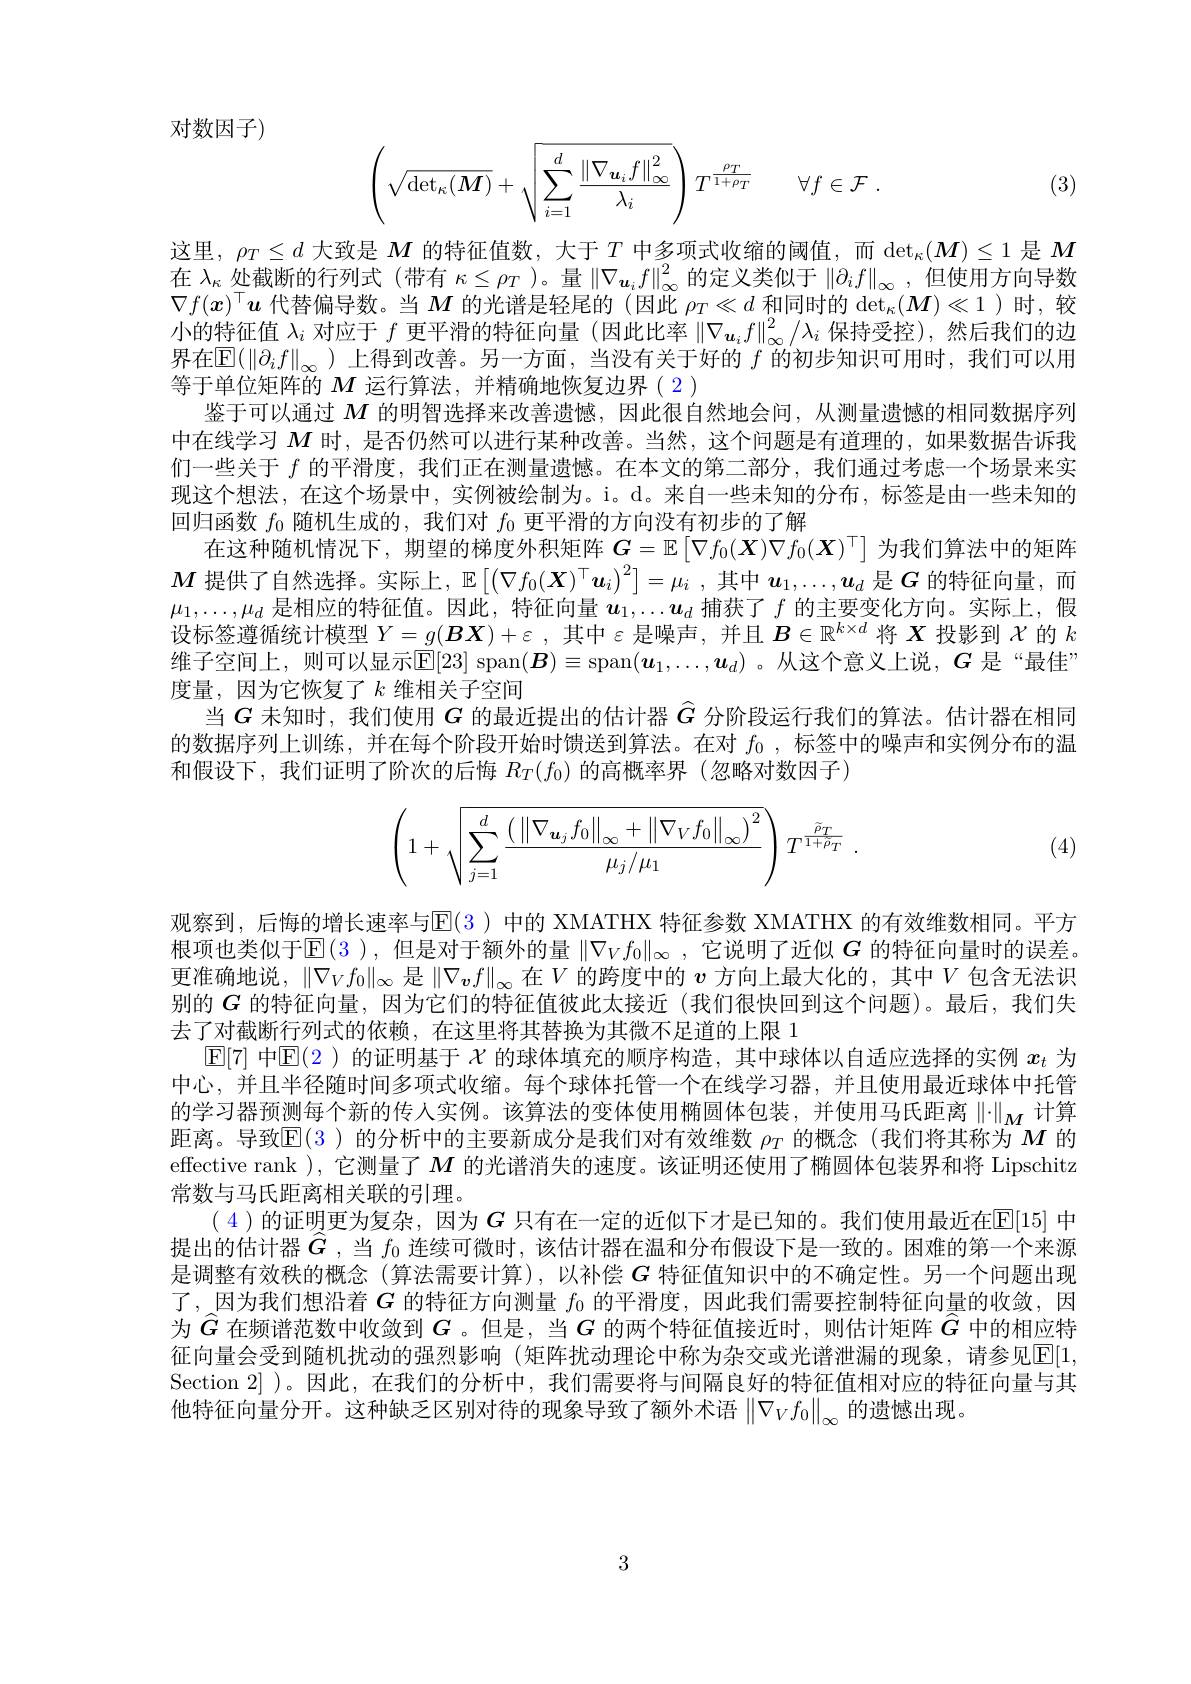
对数因子)
$$\left(\sqrt{\det_\kappa(\boldsymbol{M})}+\sqrt{\sum_{i=1}^d\frac{\left\|\nabla_{\boldsymbol{u}_i}f\right\|_\infty^2}{\lambda_i}}\right)T^{\frac{\rho_T}{1+\rho_T}}\quad\forall f\in\mathcal{F}\:.$$
(3)

这里，$\rho_T\leq d$大致是$M$的特征值数，大于$T$中多项式收缩的阈值，而$\det_\kappa(\boldsymbol{M})\leq1$是$M$ 在$\lambda_\kappa$处截断的行列式 (带有$\kappa\leq\rho_T$ )。量$\left\|\nabla_\boldsymbol{u}_if\right\|_\infty^2$的定义类似于$\left\|\partial_if\right\|_\infty$,但使用方向导数$\nabla f(x)^\top\boldsymbol{u}$代替偏导数。当$M$的光谱是轻尾的 (因此$\rho _T\ll d$ 和 同 时 的 $\det _\kappa ( \boldsymbol{M}) \ll 1$ )时，较小的特征值$\lambda_i$对应于$f$更平滑的特征向量 (因此比率$\|\nabla_\boldsymbol{u}_if\|_\infty^2/\lambda_i$保持受控),然后我们的边界在$\mathbb{E}(\|\partial_if\|_\infty$ )上得到改善。另一方面，当没有关于好的 $f$ 的初步知识可用时，我们可以用等于单位矩阵的$M$运行算法，并精确地恢复边界( 2 )
鉴于可以通过$M$的明智选择来改善遗憾，因此很自然地会问，从测量遗憾的相同数据序列中在线学习$M$时，是否仍然可以进行某种改善。当然，这个问题是有道理的，如果数据告诉我们一些关于$f$的平滑度，我们正在测量遗憾。在本文的第二部分，我们通过考虑一个场景来实现这个想法，在这个场景中，实例被绘制为。i。d。来自一些未知的分布，标签是由一些未知的回归函数$f_0$随机生成的，我们对$f_0$更平滑的方向没有初步的了解
在这种随机情况下，期望的梯度外积矩阵$G=\mathbb{E}\left[\nabla f_0(\boldsymbol{X})\nabla f_0(\boldsymbol{X})^\top\right]$为我们算法中的矩阵$M$提供了自然选择。实际上，$\mathbb{E} \left [ \left ( \nabla f_0( \boldsymbol{X}) ^\top \boldsymbol{u}_i\right ) ^2\right ] = \mu _i$ , 其中$\boldsymbol{u}_1,\ldots,\boldsymbol{u}_d$是$G$的特征向量，而$\mu_1,\ldots,\mu_d$是相应的特征值。因此，特征向量$u_1,\ldots\boldsymbol{u}_d$捕获了$f$的主要变化方向。实际上，假设标签遵循统计模型$Y=g(\boldsymbol{B}\boldsymbol{X})+\varepsilon$,其中$\varepsilon$是噪声，并且$B\in\mathbb{R}^k\times d$将$\boldsymbol{X}$投影到$\mathcal{X}$的$k$ 维子空间上，则可以显示$\mathbb{E}[23]$ span$(\boldsymbol{B})\equiv$span$(\boldsymbol{u}_1,\ldots,\boldsymbol{u}_d)$ 。从这个意义上说，$G$ 是“最佳” 度量，因为它恢复了$k$维相关子空间
当$G$未知时，我们使用$G$的最近提出的估计器$\hat{G}$分阶段运行我们的算法。估计器在相同的数据序列上训练，并在每个阶段开始时馈送到算法。在对$f_0$,标签中的噪声和实例分布的温和假设下，我们证明了阶次的后悔$R_T(f_0)$的高概率界(忽略对数因子)
$$\left(1+\sqrt{\sum_{j=1}^d\frac{\left(\left\|\nabla_{\boldsymbol{u}_j}f_0\right\|_\infty+\left\|\nabla_Vf_0\right\|_\infty\right)^2}{\mu_j/\mu_1}}\right)T^{\frac{\tilde{\rho}_T}{1+\tilde{\rho}_T}}\:.$$
(4)

观察到，后悔的增长速率与$\overline{\mathrm{E}}(3)$ 中的 XMATHX 特征参数 XMATHX 的有效维数相同。平方根项也类似于$\operatorname{E}($3 ),但是对于额外的量$\|\nabla_Vf_0\|_\infty$,它说明了近似$G$的特征向量时的误差。更准确地说，$\|\nabla_Vf_0\|_\infty$ 是$\|\nabla_{\boldsymbol{v}}f\|_\infty$在$V$ 的跨度中的 $v$ 方向上最大化的，其中$V$ 包含无法识别的$G$的特征向量，因为它们的特征值彼此太接近(我们很快回到这个问题)。最后，我们失去了对截断行列式的依赖，在这里将其替换为其微不足道的上限 1
$\mathbb{E}[7]$中$\mathbb{E}(2)$的证明基于$\chi$的球体填充的顺序构造，其中球体以自适应选择的实例$x_t$为中心，并且半径随时间多项式收缩。每个球体托管一个在线学习器，并且使用最近球体中托管的学习器预测每个新的传人实例。该算法的变体使用椭圆体包装，并使用马氏距离$\left\|\cdot\right\|_M$计算距离。导致$\mathbb{E}(3)$的分析中的主要新成分是我们对有效维数$\rho_T$的概念 (我们将其称为$M$的effective rank ), 它测量了$M$的光谱消失的速度。该证明还使用了椭圆体包装界和将 Lipschitz 常数与马氏距离相关联的引理。
(4 )的证明更为复杂，因为$G$ 只有在一定的近似下才是已知的。我们使用最近在$\mathbb{E}[15]$ 中提出的估计器$\widehat{\boldsymbol{G}}$ ,当 $f_0$ 连续可微时，该估计器在温和分布假设下是一致的。困难的第一个来源是调整有效秩的概念 (算法需要计算),以补偿$G$特征值知识中的不确定性。另一个问题出现了，因为我们想沿着$G$的特征方向测量$f_{0}$的平滑度，因此我们需要控制特征向量的收敛，因为$\widehat{G}$在频谱范数中收敛到$G$ 。但是，当$G$的两个特征值接近时，则估计矩阵$\widehat{G}$中的相应特征向量会受到随机扰动的强烈影响(矩阵扰动理论中称为杂交或光谱泄漏的现象，请参见$\overline{\mathbb{E}}[1$, Section 2] )。因此，在我们的分析中，我们需要将与间隔良好的特征值相对应的特征向量与其他特征向量分开。这种缺乏区别对待的现象导致了额外术语$\left\|\nabla_Vf_0\right\|_\infty$的遗憾出现

3